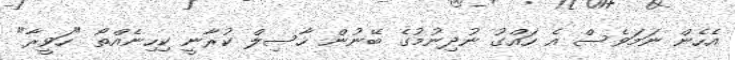
އެހެން ނަމަވެސް އެ ހައްގު ނުދިނުމުގެ ބޭނުން ހާސިލް ކުރާނީ ކިހިނެއްތޯ "ހަވީރާ"